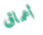
أعماق